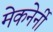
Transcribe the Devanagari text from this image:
मेकनेर्नी